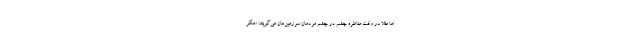
اما مثلا در وقت مناظره چشم در چشم مردمان سرزمین‌مان می‌گویند: «مگر